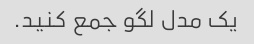
یک مدل لگو جمع کنید.